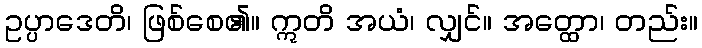
ဥပ္ပာဒေတိ၊ ဖြစ်စေ၏။ ဣတိ အယံ၊ လျှင်။ အတ္ထော၊ တည်း။